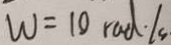
\omega = 1 0 r a d \cdot l s .